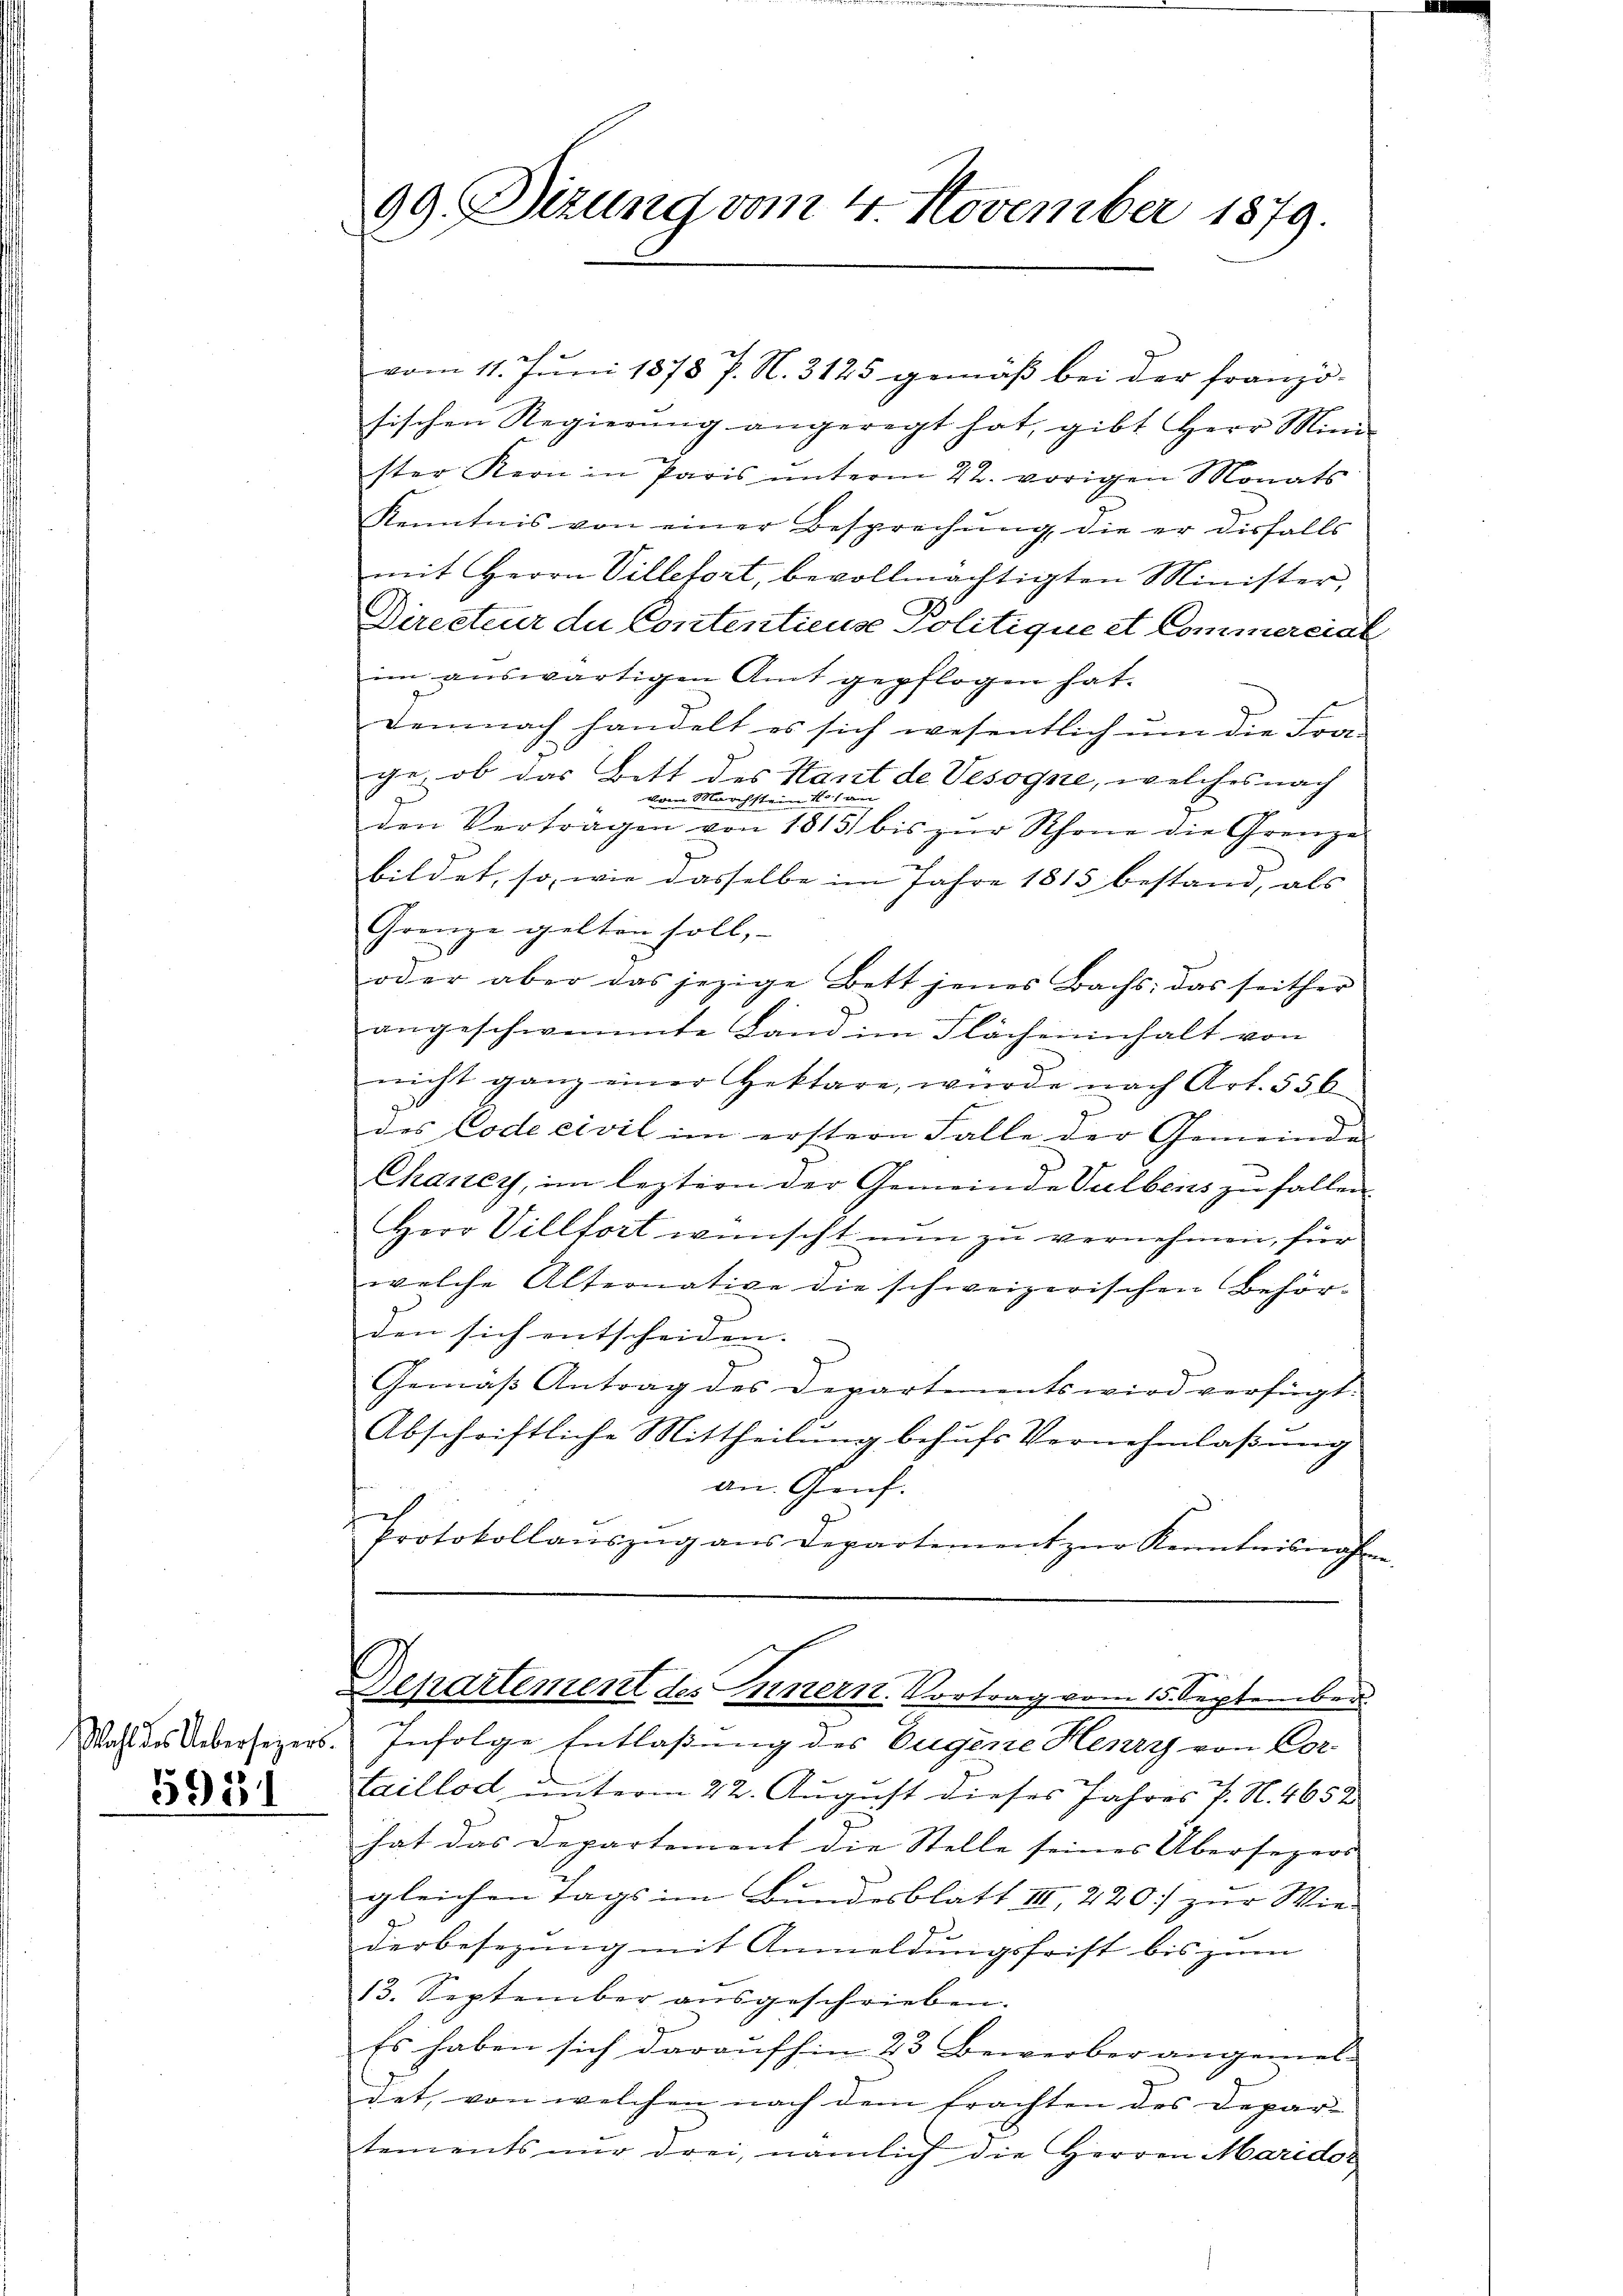
5951

99. Dizung vom 4. November 1879.

vom 11. Juni 1878 P. N. 3125 gemäß bei der franzö-
sischen Regierŭng angeregt hat, gibt Herr Mini
ster Kern in Paris ŭnterm 22. vorigen Monats
Kenntnis von einer Besprechung, die er disfalls
mit Herrn Villefort, bevollmächtigten Minister,
Directeur du Contentienze Politique et Commercial
im auswärtigen Amt gepflogen hat.
Demnach handelt es sich wesentlich um die Fra-
ge, ob das Bett des Kant de Vesogne, welches nach
wenn Marchstein noch am
den Verträgen von 1815 bis zur Schöne die Grenze
bildet, so, wie dasselbe im Jahre 1815 bestand, als
Grenze gelten soll,
oder aber das jezige Bett jenes Bachs: das seither
angeschwemmte Land im Flächeninhalt von
nicht ganz einer Hektare, würde nach Art. 556
des Code civil im erstern Falle der Gemeinde
Chancy, im leztern der Gemeinde Vulbens zu fallen
Herr Villfort wünscht nun zu vernehmen, für
welche Alternative die schweizerischen Behörden sich entscheiden. |
g
Gemäß Antrag des Departements wird verfügt
Abschriftliche Mittheilung behufs Vernehmlaßung
an. Genf.
Protokollaŭszŭg aŭs Departement zŭr Kenntnisnahm
Departement des Innern. Vortrag vom 15. September.
Wahl des Uebersezers. Infolge Entlaßung des Eugene Henry von Cor
taillod unterm 22. August dieses Jahres P. N. 4652
hat das Departement die Stelle seines Übersezers
gleichen Tags im Bundesblatt III 220) zur Wie-
derbesezung mit Anmeldungsfrist bis zum
13. September aŭsgeschrieben.
Es haben sich daraufhin 23 Bewerber angemel-
det, von welchen nach dem Erachten des Depari
tements nur drei, nämlich die Herren Marido